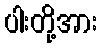
ပါးတို့အား